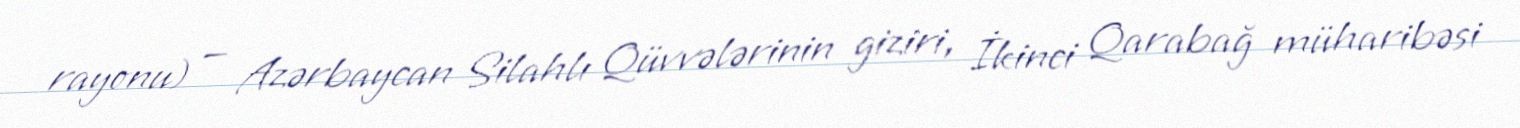
rayonu) — Azərbaycan Silahlı Qüvvələrinin giziri, İkinci Qarabağ müharibəsi